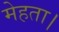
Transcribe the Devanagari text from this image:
मेहता।